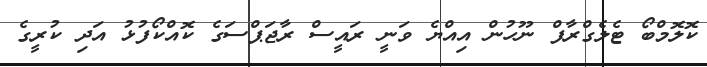
ކޮލޮމްބޯ ޓެލެގްރާފް ނޫހުން އިއްޔެ ވަނީ ރައީސް ރާޖަޕްސަގެ ކޮއްކޯފުޅު އަދި ކުރީގެ